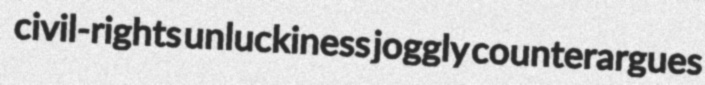
civil-rights unluckiness joggly counterargues